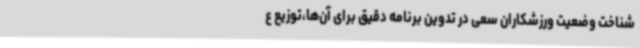
شناخت وضعیت ورزشکاران سعی در تدوین برنامه دقیق برای آن‌ها،توزیع ع